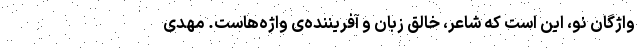
واژگان نو، این است که شاعر، خالق زبان و آفریننده‌ی واژه‌هاست. مهدی